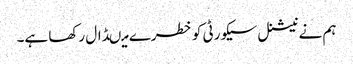
ہم نے نیشنل سیکورٹی کو خطرے میںڈال رکھا ہے۔